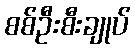
စစ်ဦးစီးချုပ်